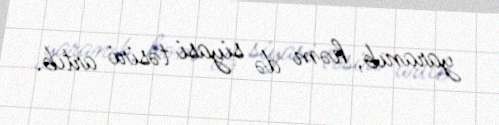
yaranıb, həm də siyasi təsiri artıb.